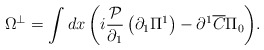
\begin{align*}\Omega ^ \bot = \int {dx\left( {i\frac{{\cal P}}{{\partial _1}}\left( {\partial _1 \Pi ^1 } \right) - \partial ^1 \overline C\Pi _0 } \right)}. \end{align*}